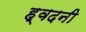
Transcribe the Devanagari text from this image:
ह्वदनी